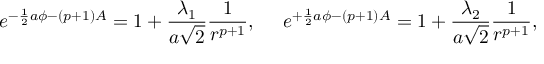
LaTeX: e ^ { - { \frac { 1 } { 2 } } a \phi - ( p + 1 ) A } = 1 + { \frac { \lambda _ { 1 } } { a \sqrt { 2 } } } { \frac { 1 } { r ^ { p + 1 } } } , \ \ \ \ e ^ { + { \frac { 1 } { 2 } } a \phi - ( p + 1 ) A } = 1 + { \frac { \lambda _ { 2 } } { a \sqrt { 2 } } } { \frac { 1 } { r ^ { p + 1 } } } ,